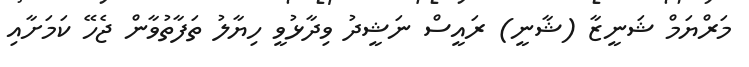
މަރްޔަމް ޝަނީޒާ (ޝާނީ) ރައީސް ނަޝީދު ވިދާޅުވީ ހިޔާލު ތަފާތުވާން ޖެހޭ ކަމަށާއި